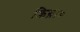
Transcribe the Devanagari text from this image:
क्रिग्रा०